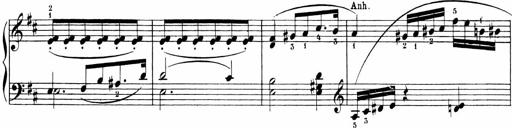
Title: 6 Sonatinas
Composer: Carl Reinecke